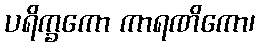
ပရိက္ခကော ကာရဏိကော၊